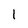
Character: 1